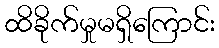
ထိခိုက်မှုမရှိကြောင်း